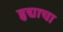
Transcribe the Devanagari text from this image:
हृद्याचा